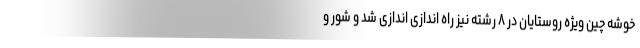
خوشه چین ویژه روستایان در ۸ رشته نیز راه اندازی اندازی شد و شور و